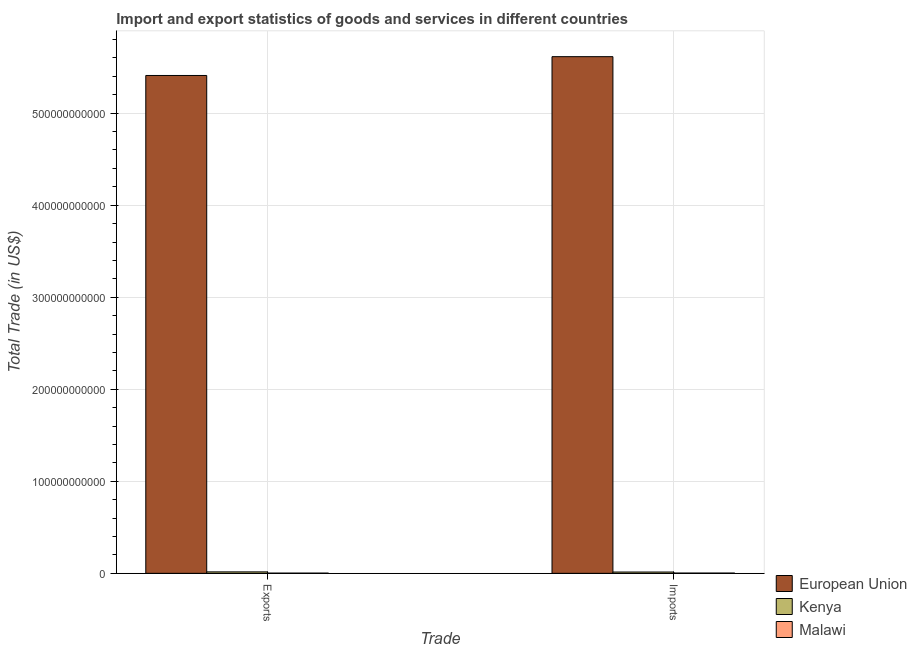
| Trade | European Union | Kenya | Malawi |
 | --- | --- | --- | --- |
 | Exports | 5.41e+11 | 1.57e+09 | 2.42e+08 |
 | Imports | 5.61e+11 | 1.42e+09 | 2.79e+08 |